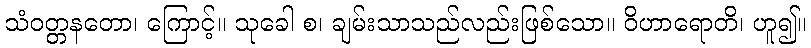
သံဝတ္တနတော၊ ကြောင့်။ သုခေါ စ၊ ချမ်းသာသည်လည်းဖြစ်သော။ ဝိဟာရောတိ၊ ဟူ၍။